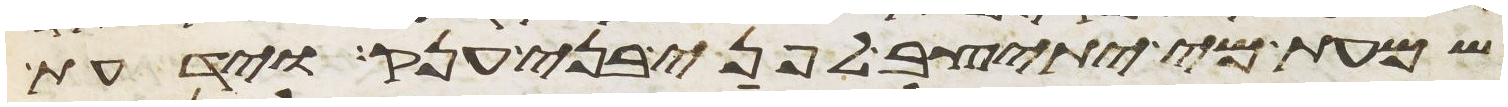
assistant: שמעת מי יתיצב לפני בני ענק וידעת